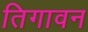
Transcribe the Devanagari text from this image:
तिगावन